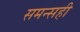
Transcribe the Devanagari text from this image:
समन्सही